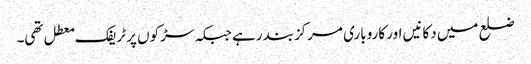
ضلع میں دکانیں اور کاروباری مرکزبند رہے جبکہ سڑکوں پر ٹریفک معطل تھی۔